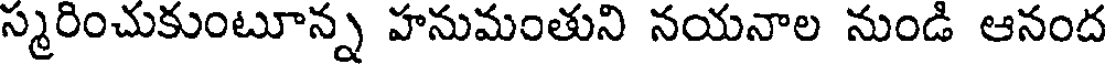
స్మరించుకుంటూన్న హనుమంతుని నయనాల నుండి ఆనంద